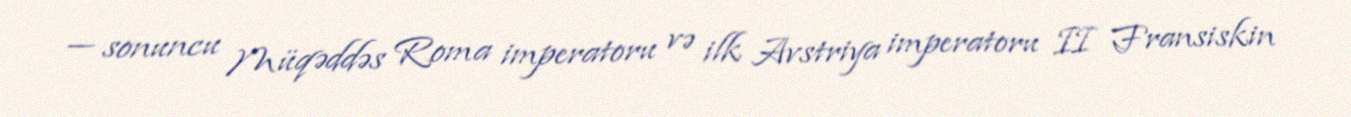
— sonuncu Müqəddəs Roma imperatoru və ilk Avstriya imperatoru II Fransiskin